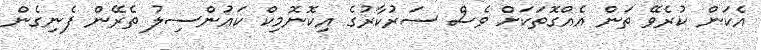
އެކަން ކުރެވޭ ތަން އެއްގޮތަކަށް ވެސް ސަރުކާރުގެ އިކޮނޮމިކް ކައުންސިލު ތެރޭން ފެނިގެން